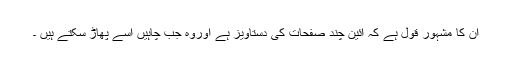
ان کا مشہور قول ہے کہ آئین چند صفحات کی دستاویز ہے اوروہ جب چاہیں اُسے پھاڑ سکتے ہیں ۔